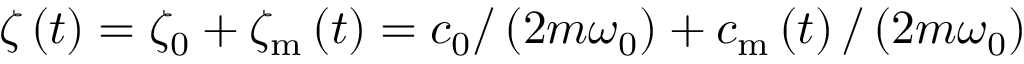
\zeta \left( t \right) = \zeta _ { 0 } + \zeta _ { \mathrm { m } } \left( t \right) = c _ { 0 } / \left( 2 m \omega _ { 0 } \right) + c _ { \mathrm { m } } \left( t \right) / \left( 2 m \omega _ { 0 } \right)